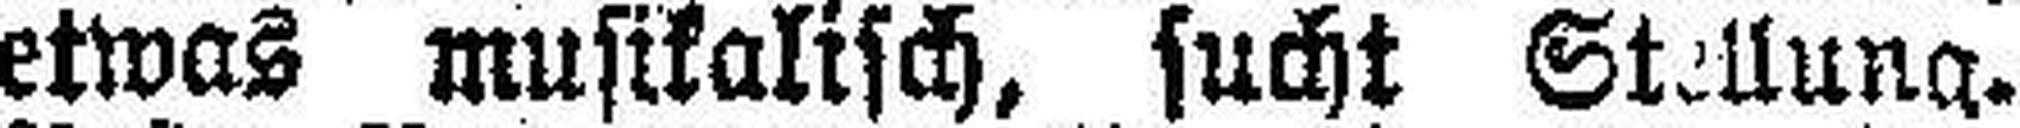
etwas musikalisch, sucht Stellung.